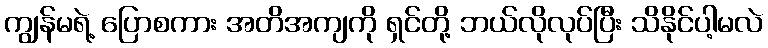
ကျွန်မရဲ့ ပြောစကား အတိအကျကို ရှင်တို့ ဘယ်လိုလုပ်ပြီး သိနိုင်ပါ့မလဲ